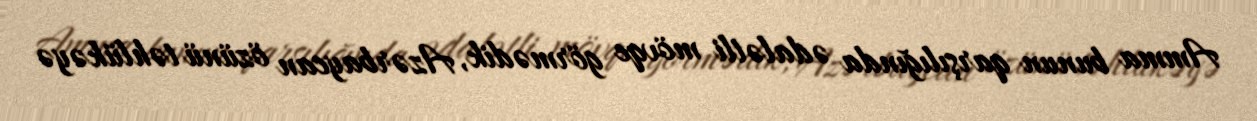
Amma bunun qarşılığında ədalətli mövqe görmədik, Azərbaycan özünü təhlükəyə